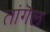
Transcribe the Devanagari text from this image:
तांगॆल